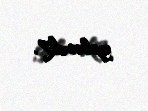
gələcək?.